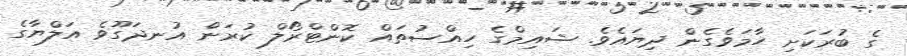
ގެ ބުރަކަށި ހާމަވެގެން ދިޔައެވެ. ޝައިމްގެ ހިއްސުތައް ކޮންޓްރޯލް ކުރަން އުނދަގޫވެ އަލްޔާގެ